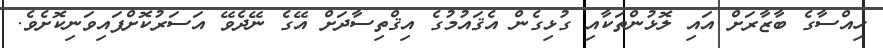
ހިއްސާގެ ބާޒާރަށް އައި ލޮޅުންތަކާއި ގުޅިގެން އެޤައުމުގެ އިޤްތިސާދަށް އޭގެ ނޭދެވޭ އަސަރުކޮށްފައިވަނިކޮށެވެ.